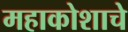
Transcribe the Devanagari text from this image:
महाकोशाचे